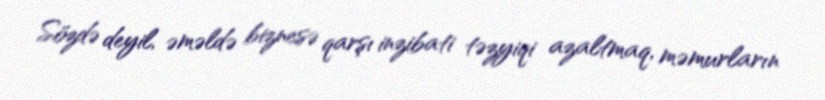
Sözdə deyil, əməldə biznesə qarşı inzibati təzyiqi azaltmaq, məmurların